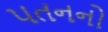
પતનનો